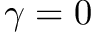
\gamma = 0